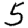
Digit: 5